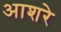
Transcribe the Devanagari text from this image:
आशरे